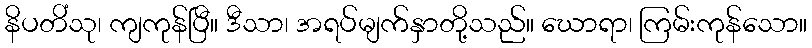
နိပတိံသု၊ ကျကုန်ပြီ။ ဒီသာ၊ အရပ်မျက်နှာတို့သည်။ ဃောရာ၊ ကြမ်းကုန်သော။